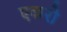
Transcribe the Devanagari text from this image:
एकरो